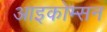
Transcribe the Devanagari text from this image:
आइकोम्सन